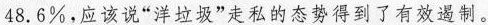
48.6%，应该说”洋垃圾”走私的态势得到了有效遏制。